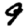
Digit: 9